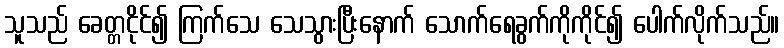
သူသည် ခေတ္တငိုင်၍ ကြက်သေ သေသွားပြီးနောက် သောက်ရေခွက်ကိုကိုင်၍ ပေါက်လိုက်သည်။